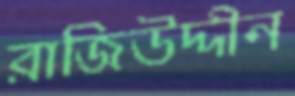
রাজিউদ্দীন